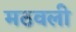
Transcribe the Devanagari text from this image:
मठवली